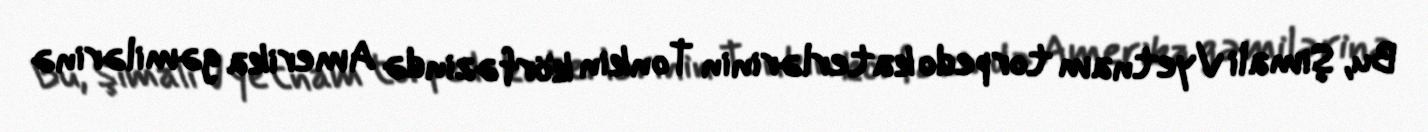
Bu, Şimali Vyetnam torpedo katerlərinin Tonkin körfəzində Amerika gəmilərinə